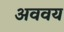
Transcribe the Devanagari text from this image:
अववय